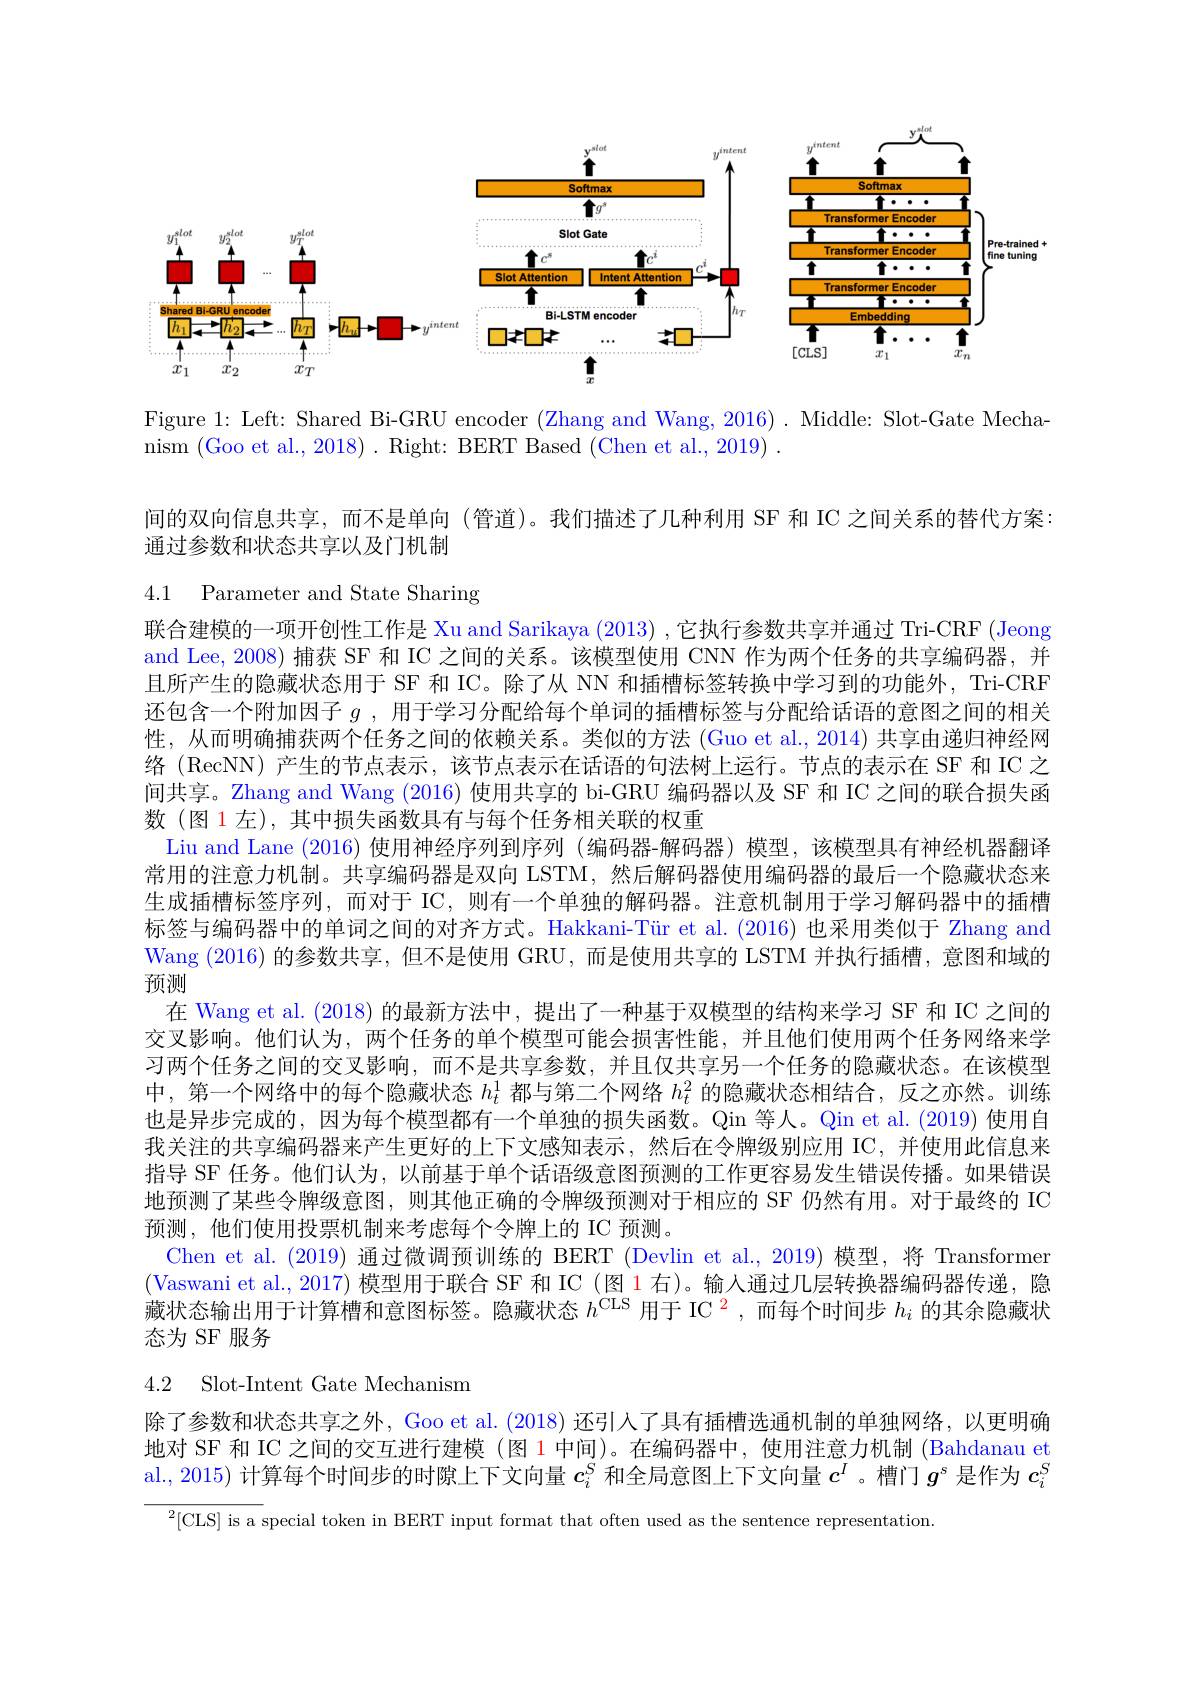
<FigureHere>

Figure 1: Left: Shared Bi-GRU encoder (Zhang and Wang, 2016) . Middle: Slot-Gate Mecha-
nism (Goo et al., 2018). Right: BERT Based (Chen et al., 2019)~.

间的双向信息共享，而不是单向 (管道)。我们描述了几种利用 SF 和 IC 之间关系的替代方案：
通过参数和状态共享以及门机制

4.1 Parameter and State Sharing

联合建模的一项开创性工作是 Xu and Sarikaya (2013) ,它执行参数共享并通过 Tri-CRF (Jeong and Lee, 2008) 捕获 SF 和 IC 之间的关系。该模型使用 CNN 作为两个任务的共享编码器，并且所产生的隐藏状态用于 SF 和 IC。除了从 NN 和插槽标签转换中学习到的功能外，Tri-CRF 还包含一个附加因子$g$ ,用于学习分配给每个单词的插槽标签与分配给话语的意图之间的相关性，从而明确捕获两个任务之间的依赖关系。类似的方法 (Guo et al., 2014) 共享由递归神经网络 (RecNN) 产生的节点表示，该节点表示在话语的句法树上运行。节点的表示在 SF 和 IC 之间共享。Zhang and Wang (2016) 使用共享的 bi-GRU 编码器以及 SF 和 IC 之间的联合损失函数 (图 1 左), 其中损失函数具有与每个任务相关联的权重
Liu and Lane (2016)使用神经序列到序列 (编码器-解码器)模型，该模型具有神经机器翻译常用的注意力机制。共享编码器是双向 LSTM, 然后解码器使用编码器的最后一个隐藏状态来生成插槽标签序列，而对于 IC,则有一个单独的解码器。注意机制用于学习解码器中的插槽标签与编码器中的单词之间的对齐方式。Hakkani-Tür et al.(2016) 也采用类似于 Zhang and Wang (2016) 的参数共享，但不是使用 GRU , 而是使用共享的 LSTM 并执行插槽，意图和域的预测
在 Wang et al. (2018)的最新方法中，提出了一种基于双模型的结构来学习 SF 和 IC 之间的交叉影响。他们认为，两个任务的单个模型可能会损害性能，并且他们使用两个任务网络来学习两个任务之间的交叉影响，而不是共享参数，并且仅共享另一个任务的隐藏状态。在该模型中，第一个网络中的每个隐藏状态$h_t^1$都与第二个网络$h_t^2$的隐藏状态相结合，反之亦然。训练也是异步完成的，因为每个模型都有一个单独的损失函数。Qin 等人。Qin et al.(2019) 使用自我关注的共享编码器来产生更好的上下文感知表示，然后在令牌级别应用 IC,并使用此信息来指导 SF 任务。他们认为，以前基于单个话语级意图预测的工作更容易发生错误传播。如果错误地预测了某些令牌级意图，则其他正确的令牌级预测对于相应的 SF 仍然有用。对于最终的 IC 预测，他们使用投票机制来考虑每个令牌上的 IC 预测。
Chen et al.(2019) 通过微调预训练的 BERT (Devlin et al., 2019) 模型，将 Transformer (Vaswani et al., 2017) 模型用于联合 SF 和 IC (图 1 右)。输入通过几层转换器编码器传递，隐藏状态输出用于计算槽和意图标签。隐藏状态$h^\mathrm{CLS}$用于 IC $^2$,而每个时间步$h_i$的其余隐藏状态为 SF 服务
4.2 Slot-Intent Gate Mechanism

除了参数和状态共享之外，Goo et al. (2018) 还引人了具有插槽选通机制的单独网络，以更明确地对 SF 和 IC 之间的交互进行建模 (图 1 中间)。在编码器中，使用注意力机制 (Bahdanau et al., 2015) 计算每个时间步的时隙上下文向量$c_i^S$和全局意图上下文向量$c^I$ 。槽门$g^\mathrm{s}$是作为$c_i^\mathrm{S}$

$^{2}[$CLS] is a special token in BERT input format that often used as the sentence representation.